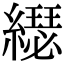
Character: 𦆄